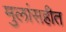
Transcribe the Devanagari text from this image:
मुलांसहीत